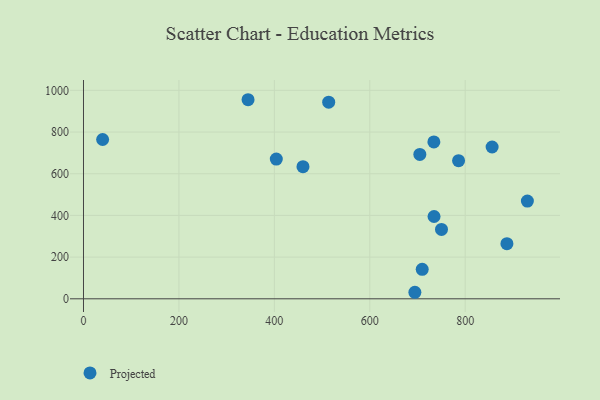
{"axis": {"x": "Investment", "y": "Profit"}, "legend": ["Projected"], "data": [{"x": "786.1", "y": 662.6, "type": "Projected"}, {"x": "404.1", "y": 670.3, "type": "Projected"}, {"x": "40.1", "y": 764.1, "type": "Projected"}, {"x": "930.3", "y": 469.0, "type": "Projected"}, {"x": "694.5", "y": 31.3, "type": "Projected"}, {"x": "750.3", "y": 332.9, "type": "Projected"}, {"x": "344.9", "y": 955.0, "type": "Projected"}, {"x": "709.9", "y": 141.3, "type": "Projected"}, {"x": "856.4", "y": 728.3, "type": "Projected"}, {"x": "513.9", "y": 943.1, "type": "Projected"}, {"x": "734.7", "y": 394.9, "type": "Projected"}, {"x": "704.9", "y": 692.6, "type": "Projected"}, {"x": "887.4", "y": 264.6, "type": "Projected"}, {"x": "460.0", "y": 633.6, "type": "Projected"}, {"x": "734.3", "y": 752.6, "type": "Projected"}]}